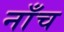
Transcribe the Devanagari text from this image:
नाँच